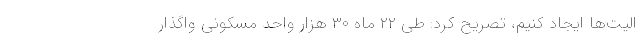
الیت‌ها ایجاد کنیم، تصریح کرد: طی ۲۲ ماه ۳۰ هزار واحد مسکونی واگذار